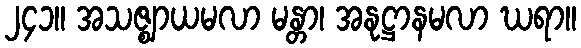
၂၄၁။ အသဇ္ဈာယမလာ မန္တာ၊ အနုဋ္ဌာနမလာ ဃရာ။